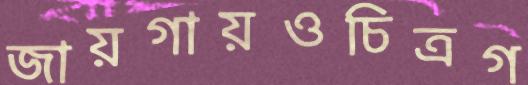
জায়গায়ওচিত্রগ